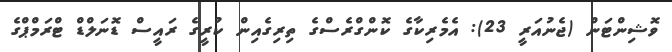
ވޮޝިންޓަން (ޖެނުއަރީ 23): އެމެރިކާގެ ކޮންގްރެސްގެ ތިރިގެއިން ކުރީގެ ރައީސް ޑޮނަލްޑް ޓްރަމްޕްގެ